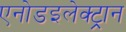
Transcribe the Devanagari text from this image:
एनोडइलेक्ट्रान